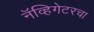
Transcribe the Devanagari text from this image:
नॅव्हिगेटरचा